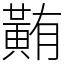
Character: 䵋